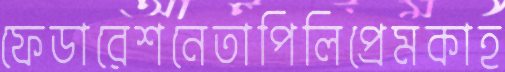
ফেডারেশনেতাপিলিপ্রেমকাহ